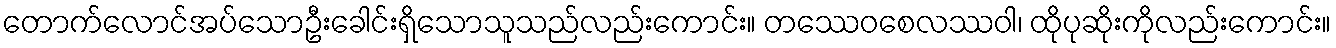
တောက်လောင်အပ်သောဦးခေါင်းရှိသောသူသည်လည်းကောင်း။ တဿေဝစေလဿဝါ၊ ထိုပုဆိုးကိုလည်းကောင်း။